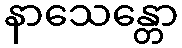
နာသေန္တော